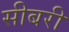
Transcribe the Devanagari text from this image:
सीबरी